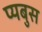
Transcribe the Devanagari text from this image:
प्यबुस